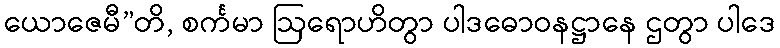
ယောဇေမီ”တိ, စင်္ကမာ ဩရောဟိတွာ ပါဒဓောဝနဋ္ဌာနေ ဌတွာ ပါဒေ